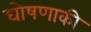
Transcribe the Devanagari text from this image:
घोषणाकी